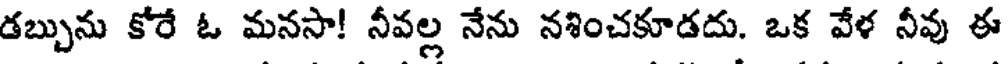
డబ్బును కోరే ఓ మనసా! నీవల్ల నేను నశించకూడదు. ఒక వేళ నీవు ఈ